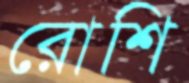
রোশি